Civil Veterinary Dept. Bombay admin report 1923-31 - 1923-1931
Year: 1923
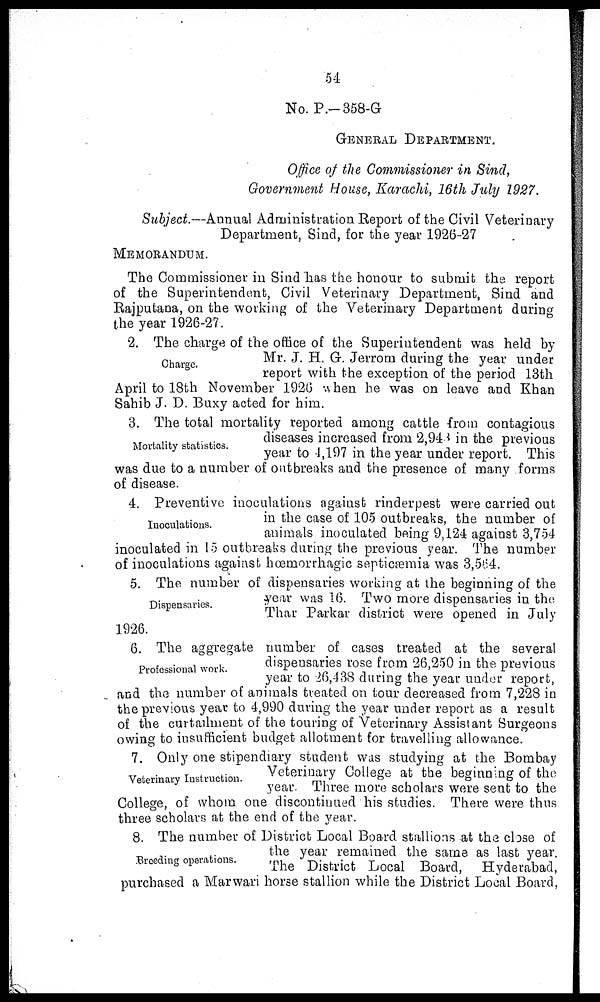
54
No. P.-358-G
GENERAL DEPARTMENT.
Office of the Commissioner in Sind,
Government House, Karachi, 16th July 1927.
Subject.—Annual Administration Report of the Civil Veterinary
Department, Sind, for the year 1926-27
MEMORANDUM.
The Commissioner in Sind has the honour to submit the report
of the Superintendent, Civil Veterinary Department, Sind and
Rajputana, on the working of the Veterinary Department during
the year 1926-27.
Charge.
2. The charge of the office of the Superintendent was held by
Mr. J. H. G. Jerrom during the year under
report with the exception of the period 13th
April to 18th November 1926 when he was on leave and Khan
Sahib J. D. Buxy acted for him.
Mortality statistics.
3. The total mortality reported among cattle from contagious
diseases increased from 2,943 in the previous
year to 4,197 in the year under report. This
was due to a number of outbreaks and the presence of many forms
of disease.
Inoculations.
4. Preventive inoculations against rinderpest were carried out
in the case of 105 outbreaks, the number of
animals inoculated being 9,124 against 3,754
inoculated in 15 outbreaks during the previous year. The number
of inoculations against hœmorrhagic septicæmia was 3,564.
Dispensaries.
5. The number of dispensaries working at the beginning of the
year was 16. Two more dispensaries in the
Thar Parkar district were opened in July
1926.
Professional work.
6. The aggregate number of cases treated at the several
dispensaries rose from 26,250 in the previous
year to 26,438 during the year under report,
and the number of animals treated on tour decreased from 7,228 in
the previous year to 4,990 during the year under report as a result
of the curtailment of the touring of Veterinary Assistant Surgeons
owing to insufficient budget allotment for travelling allowance.
Veterinary Instruction.
7. Only one stipendiary student was studying at the Bombay
Veterinary College at the beginning of the
year. Three more scholars were sent to the
College, of whom one discontinued his studies. There were thus
three scholars at the end of the year.
Breeding operations.
8. The number of District Local Board stallions at the close of
the year remained the same as last year.
The District Local Board, Hyderabad,
purchased a Marwari horse stallion while the District Local Board,